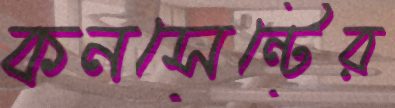
কনসেন্টের